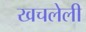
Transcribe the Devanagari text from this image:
खचलेली